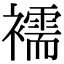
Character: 襦